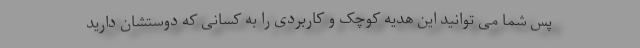
پس شما می توانید این هدیه کوچک و کاربردی را به کسانی که دوستشان دارید